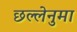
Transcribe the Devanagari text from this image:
छल्लेनुमा